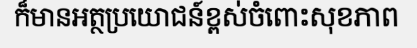
ក៏មានអត្ថប្រយោជន៍ខ្ពស់ចំពោះសុខភាព